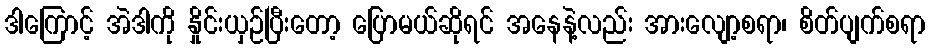
ဒါကြောင့် အဲဒါကို နှိုင်းယှဉ်ပြီးတော့ ပြောမယ်ဆိုရင် အနေနဲ့လည်း အားလျော့စရာ၊ စိတ်ပျက်စရာ